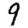
Digit: 9